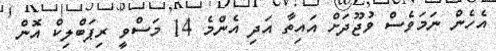
އެހެން ނަމަވެސް ވުޖޫދަށް އައިތާ އަދި އެންމެ 14 މަސްވީ ރިޕަބްލިކް އޮން